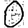
Digit: 0